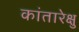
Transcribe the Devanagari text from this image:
कांतारेक्षु